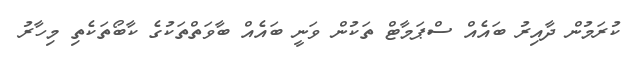
ކުރަމުން ދާއިރު ބައެއް ސްޕަމާޓް ތަކުން ވަނީ ބައެއް ބާވަތްތަކުގެ ކާބޯތަކެތި މިހާރު